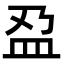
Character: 𫞯